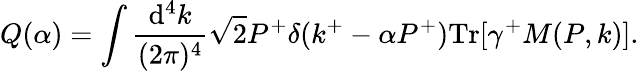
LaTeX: Q(\alpha)=\int\frac{\mathrm{d}^{4}k}{(2\pi)^{4}}\sqrt{2}P^{+}\delta(k^{+}-\alpha P^{+})\mathrm{Tr}[\gamma^{+}M(P,k)].